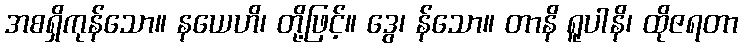
အစရှိကုန်သော။ နယေဟိ၊ တို့ဖြင့်။ ဒွေ၊ န်သော။ တာနိ ရူပါနိ၊ ထိုဇရတာ